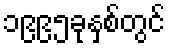
၁၉၉၅ခုနှစ်တွင်